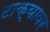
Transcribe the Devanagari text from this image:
टाक्यावर